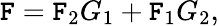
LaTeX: \mathtt{F}=\mathtt{F}_{2}G_{1}+\mathtt{F}_{1}G_{2},